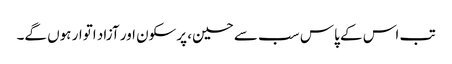
تب اس کے پاس سب سے حسین، پرسکون اور آزاد اتوار ہوں گے۔